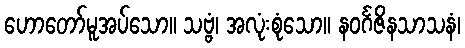
ဟောတော်မူအပ်သော။ သဗ္ဗံ၊ အလုံးစုံသော။ နဝင်္ဂဇိနသာသနံ၊